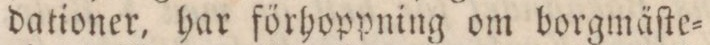
dationer, har förhoppning om borgmäſte=